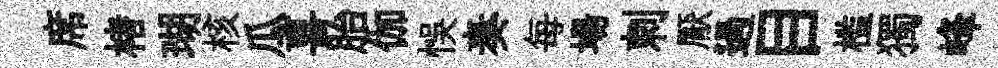
席楮瑚核瓜喜胎伽悞奏每場剌厭過目槛獨峰